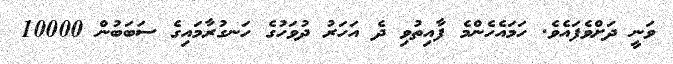
ވަނީ ދަށްވެފައެވެ. ހަމައެހެންމެ ފާއިތުވި ދެ އަހަރު ދުވަހުގެ ހަނގުރާމައިގެ ސަބަބުން 10000